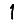
Digit: 1